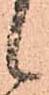
候